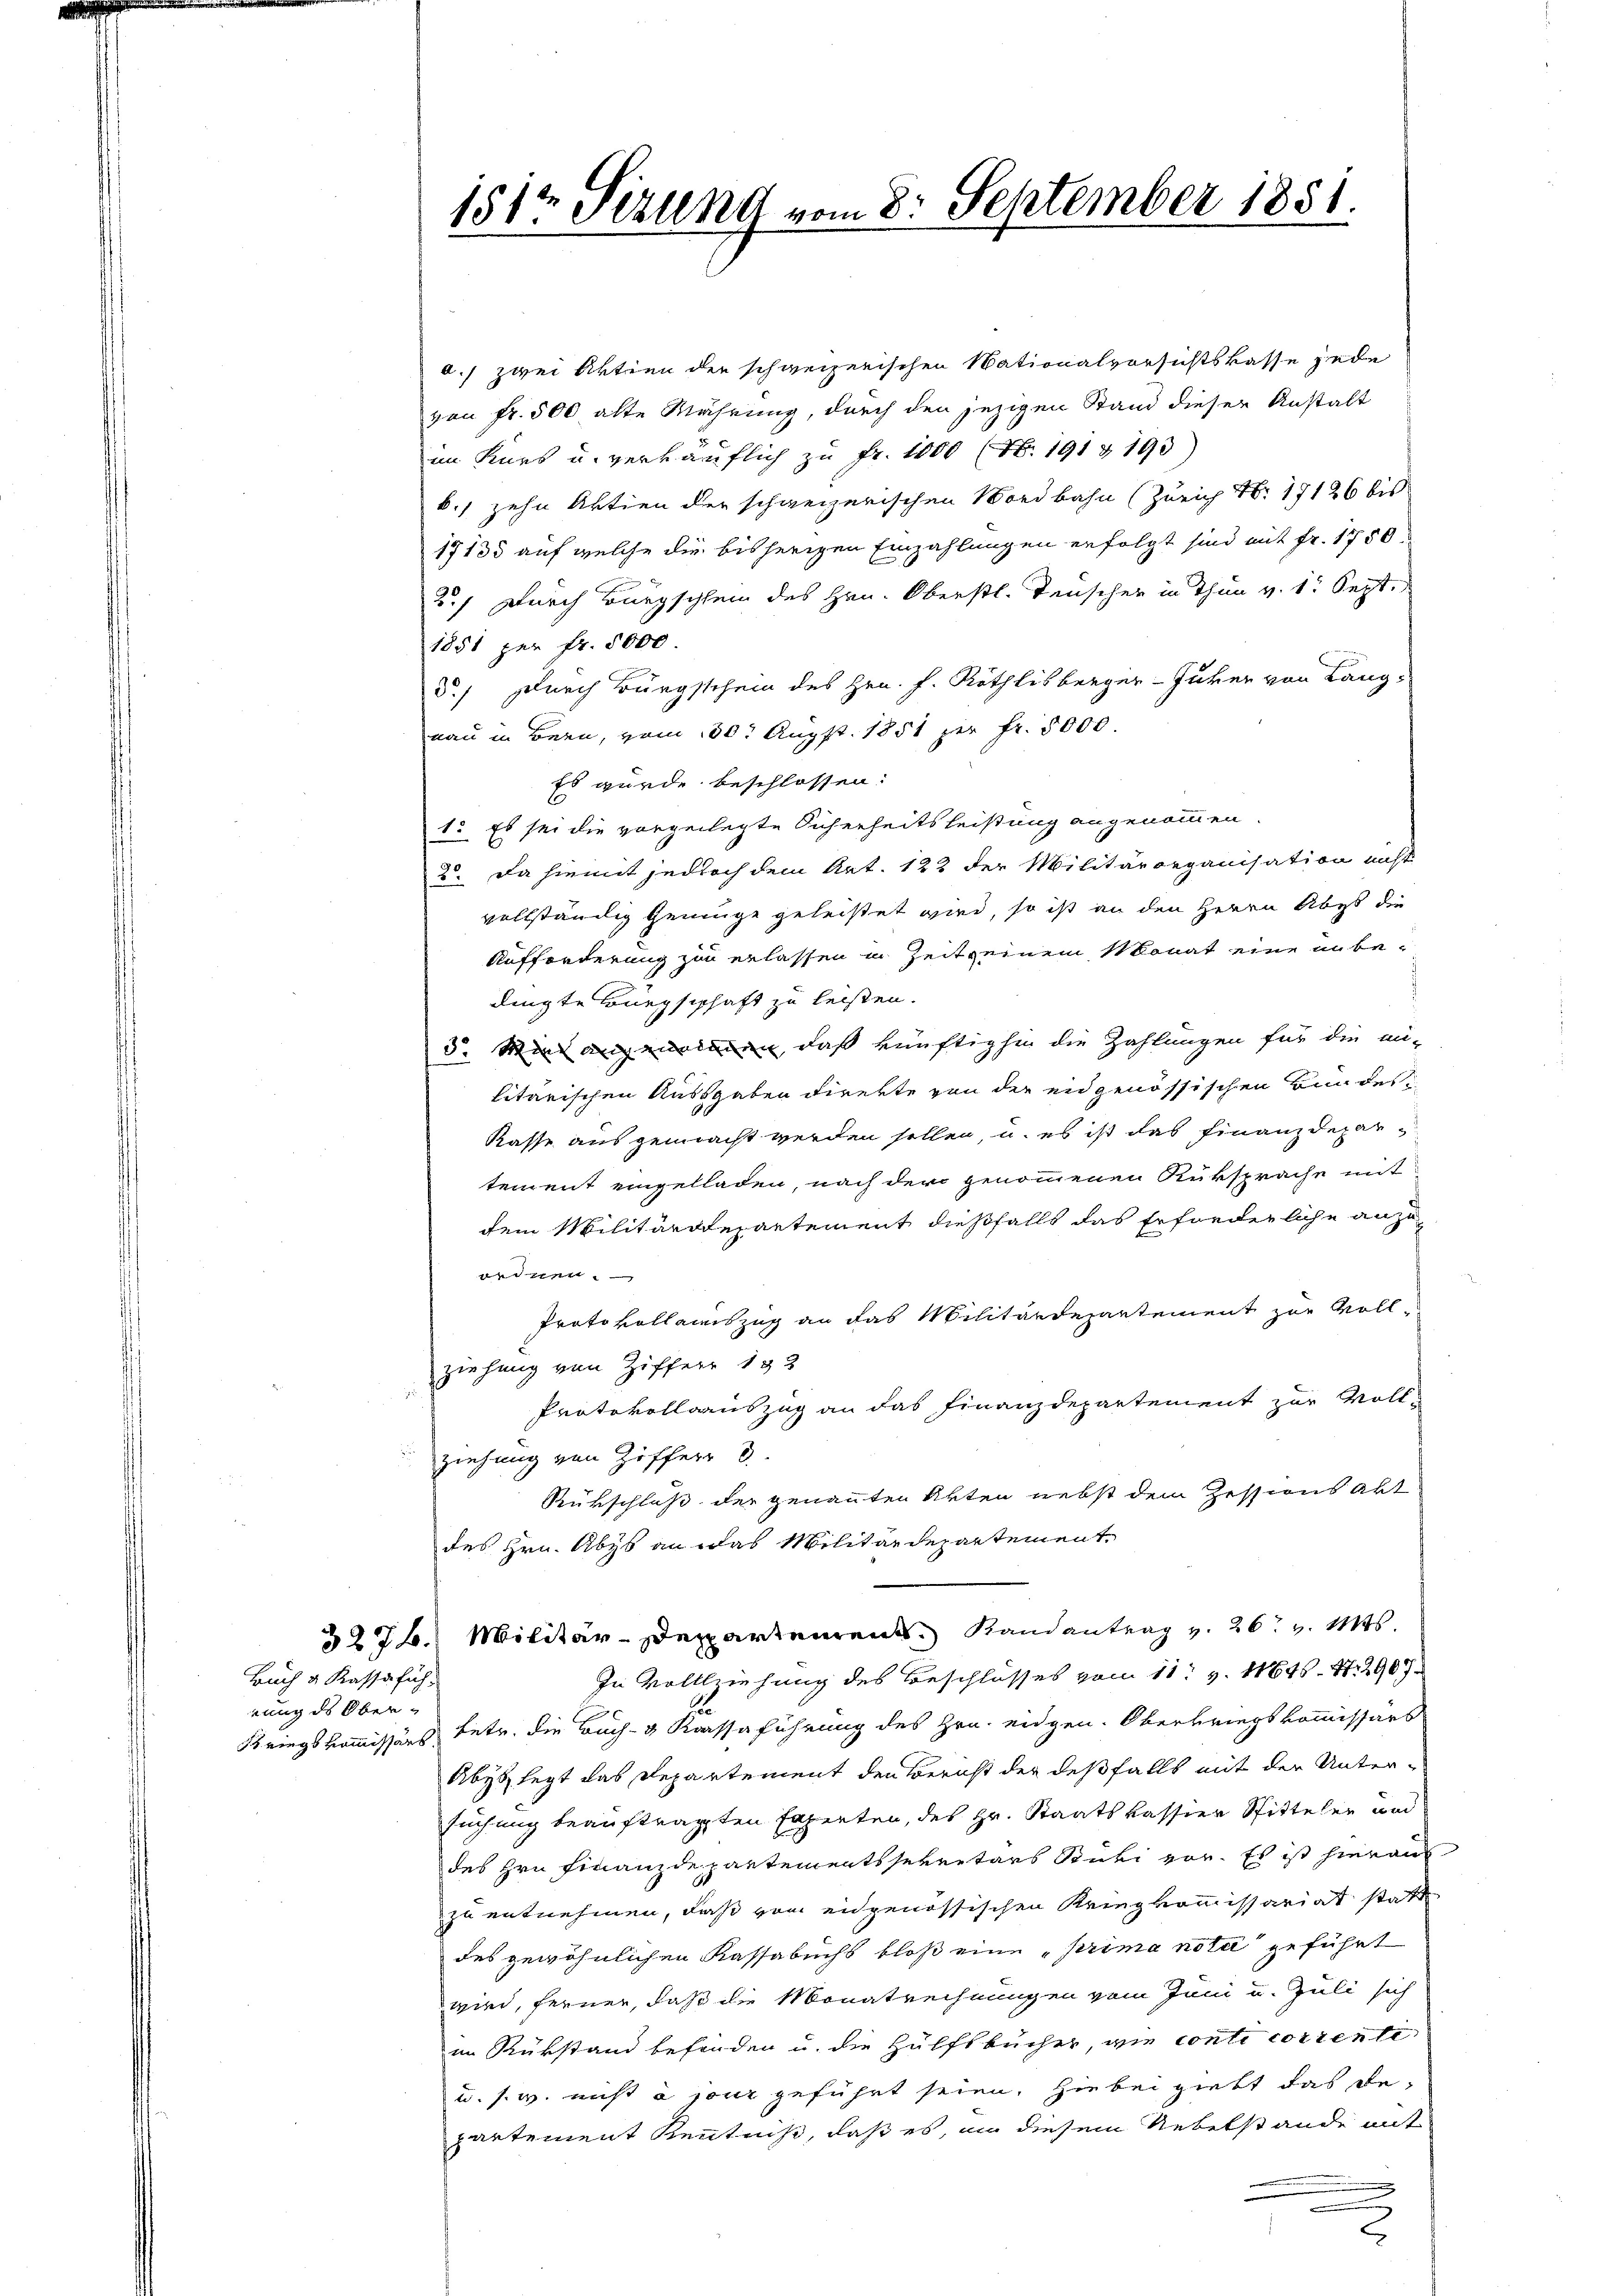
Buch & Kassafich
rung des Ober¬

151ten Sizung vom 8. September 1851.

a.) zwei Aktien der schweizerischen Nationalvorsichtskasse jede
von Fr. 500 alte Währung, durch den jezigen Stand dieser Anstalt
im Kurs u. verkäuflich zu Fr. 1000 (Nr. 191 & 193)
b., zehn Aktien der schweizerischen Bordbahn (Zürich Nr. 17126 bis
17135 auf welche die bisherigen Einzahlungen erfolgt sind mit Fr. 1750.
2.) Durch Bürgschlein des Hrn. Oberstl. Tenscher in Thun v. 1. Sept.
1851 per fr. 5000.
5.) Durch Bürgschein des Hrn. F. Röthlisberger-Juker von Lang-
nau in Bern, vom 30t Augst. 1851 per Fr. 5000.
Es wurde beschlossen:
1. Es sei die vorgelegte Sicherheitsleistung angenommen.
20. Da hiemit jedoch dem Art. 122 der Militärorganisation nicht
vollständig Genüge geleistet wird, so ist an den Herrn Abgs die
Aufforderung zu erlassen in Zeitseinem Monat eine unbe-
i
dingte Bürgschaft zu leisten.
5. Mine angenommen, daß künftighin die Zahlungen für die mi-
litarischen Aussgaben direkte von der eidgenössischen Bundes in
Kasse aus gemacht werden sollen u. es ist das Finanzdepartement eingelladen, nach der genommenen Rüksprache mit
dem Militärdepartement dießfalls das Erforderliche anzuordnen.
Protokollauszug an das Militärdepartement zur Vollziehung von Ziffer 133
Protokollsauszug an das Finanzdepartement zur Voll-
ziehung von Ziffer 8.
Rükschluß der genannten Akten nebst dem Zessions Akt
des Hrn. Abyb an das Militärdepartement¬
527. Militär-Departement Randantrag v. 26. v. Mts.
In Vollziehung des Beschlusses vom 11. Z. 11646. S. 2907
Kriegskommissärs betr. die Buch- & Kassaführung des Hrn. eidgen. Oberkriegskommissärs
Abyb legt das Departement den Bericht der deßfalls mit der Unter-
suchung beauftragten Experten, des Hr. Staatskassier Spittelen und
des Hrn. Finanzdepartementssekretärs Stüki vor. Es ist hierauf
zu entnehmen, daß vom eidgenössischen Kriegkommissariat statt
des gewöhnlichen Kassabuchs bloß eine „prima noti geführt
wird, ferner, daß die Monatrechnungen vom Juni u. Juli sich
im Rükstand befinden u. die Hülfsbücher, wie conti corrente
u. s. w. nicht a jour geführt seien. Hiebei giebt das departement Kenntniß, daß es, an diesem Nebelstande mit
.
E